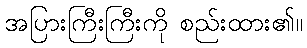
အပြားကြီးကြီးကို စည်းထား၏။